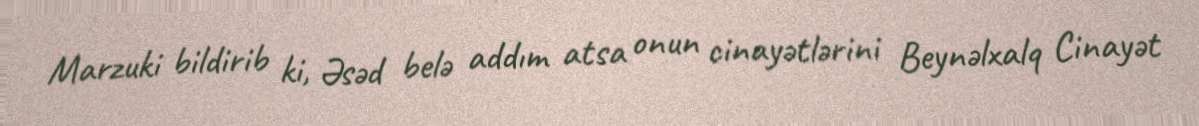
Marzuki bildirib ki, Əsəd belə addım atsa onun cinayətlərini Beynəlxalq Cinayət